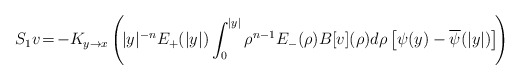
\begin{align*}S_1v\!=\!-K_{y\to x}\left(\! |y|^{-n}E_+(|y|)\int_0^{|y|}\rho^{n-1}E_-(\rho)B[v](\rho)d\rho\left[\psi(y)-\overline{\psi}(|y|)\right]\!\right)\end{align*}